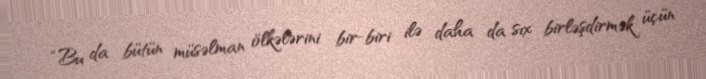
“Bu da bütün müsəlman ölkələrini bir-biri ilə daha da sıx birləşdirmək üçün